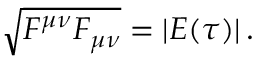
\sqrt { F ^ { \mu \nu } F _ { \mu \nu } } = \vert E ( \tau ) \vert \, .